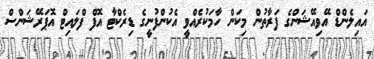
އައިލެންޑް އޭވިއޭޝަންގެ ފަރާތުން މިކަން ހާމަކުރެއްވީ އެކުންފުނީގެ ޑިރެކްޓާ އޮފް ފްލައިޓް އޮޕަރޭޝަންސް